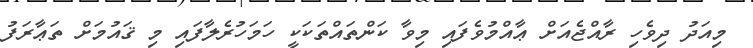
މިއަދު ދިވެހި ރާއްޖެއަށް ޢާއްމުވެފައި މިވާ ކަންތައްތަކަކީ ހަމަހުރެލާފައި މި ޤައުމަށް ތަޢާރަފު